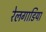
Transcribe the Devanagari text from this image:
रेलगाडिया